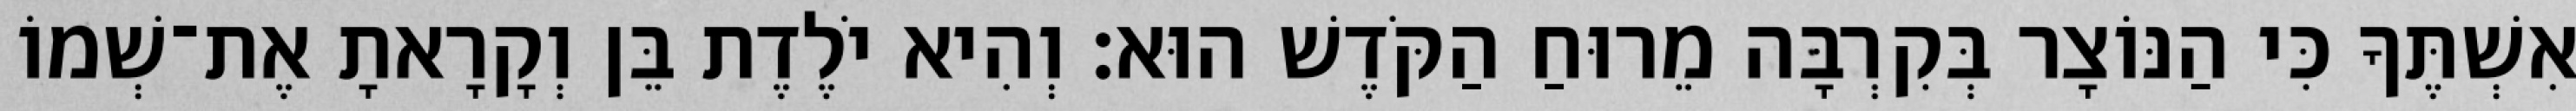
אִשְׁתֶּךָ כִּי הַנּוֹצָר בְּקִרְבָּה מֵרוּחַ הַקֹּדֶשׁ הוּא׃ וְהִיא יֹלֶדֶת בֵּן וְקָרָאתָ אֶת־שְׁמוֹ